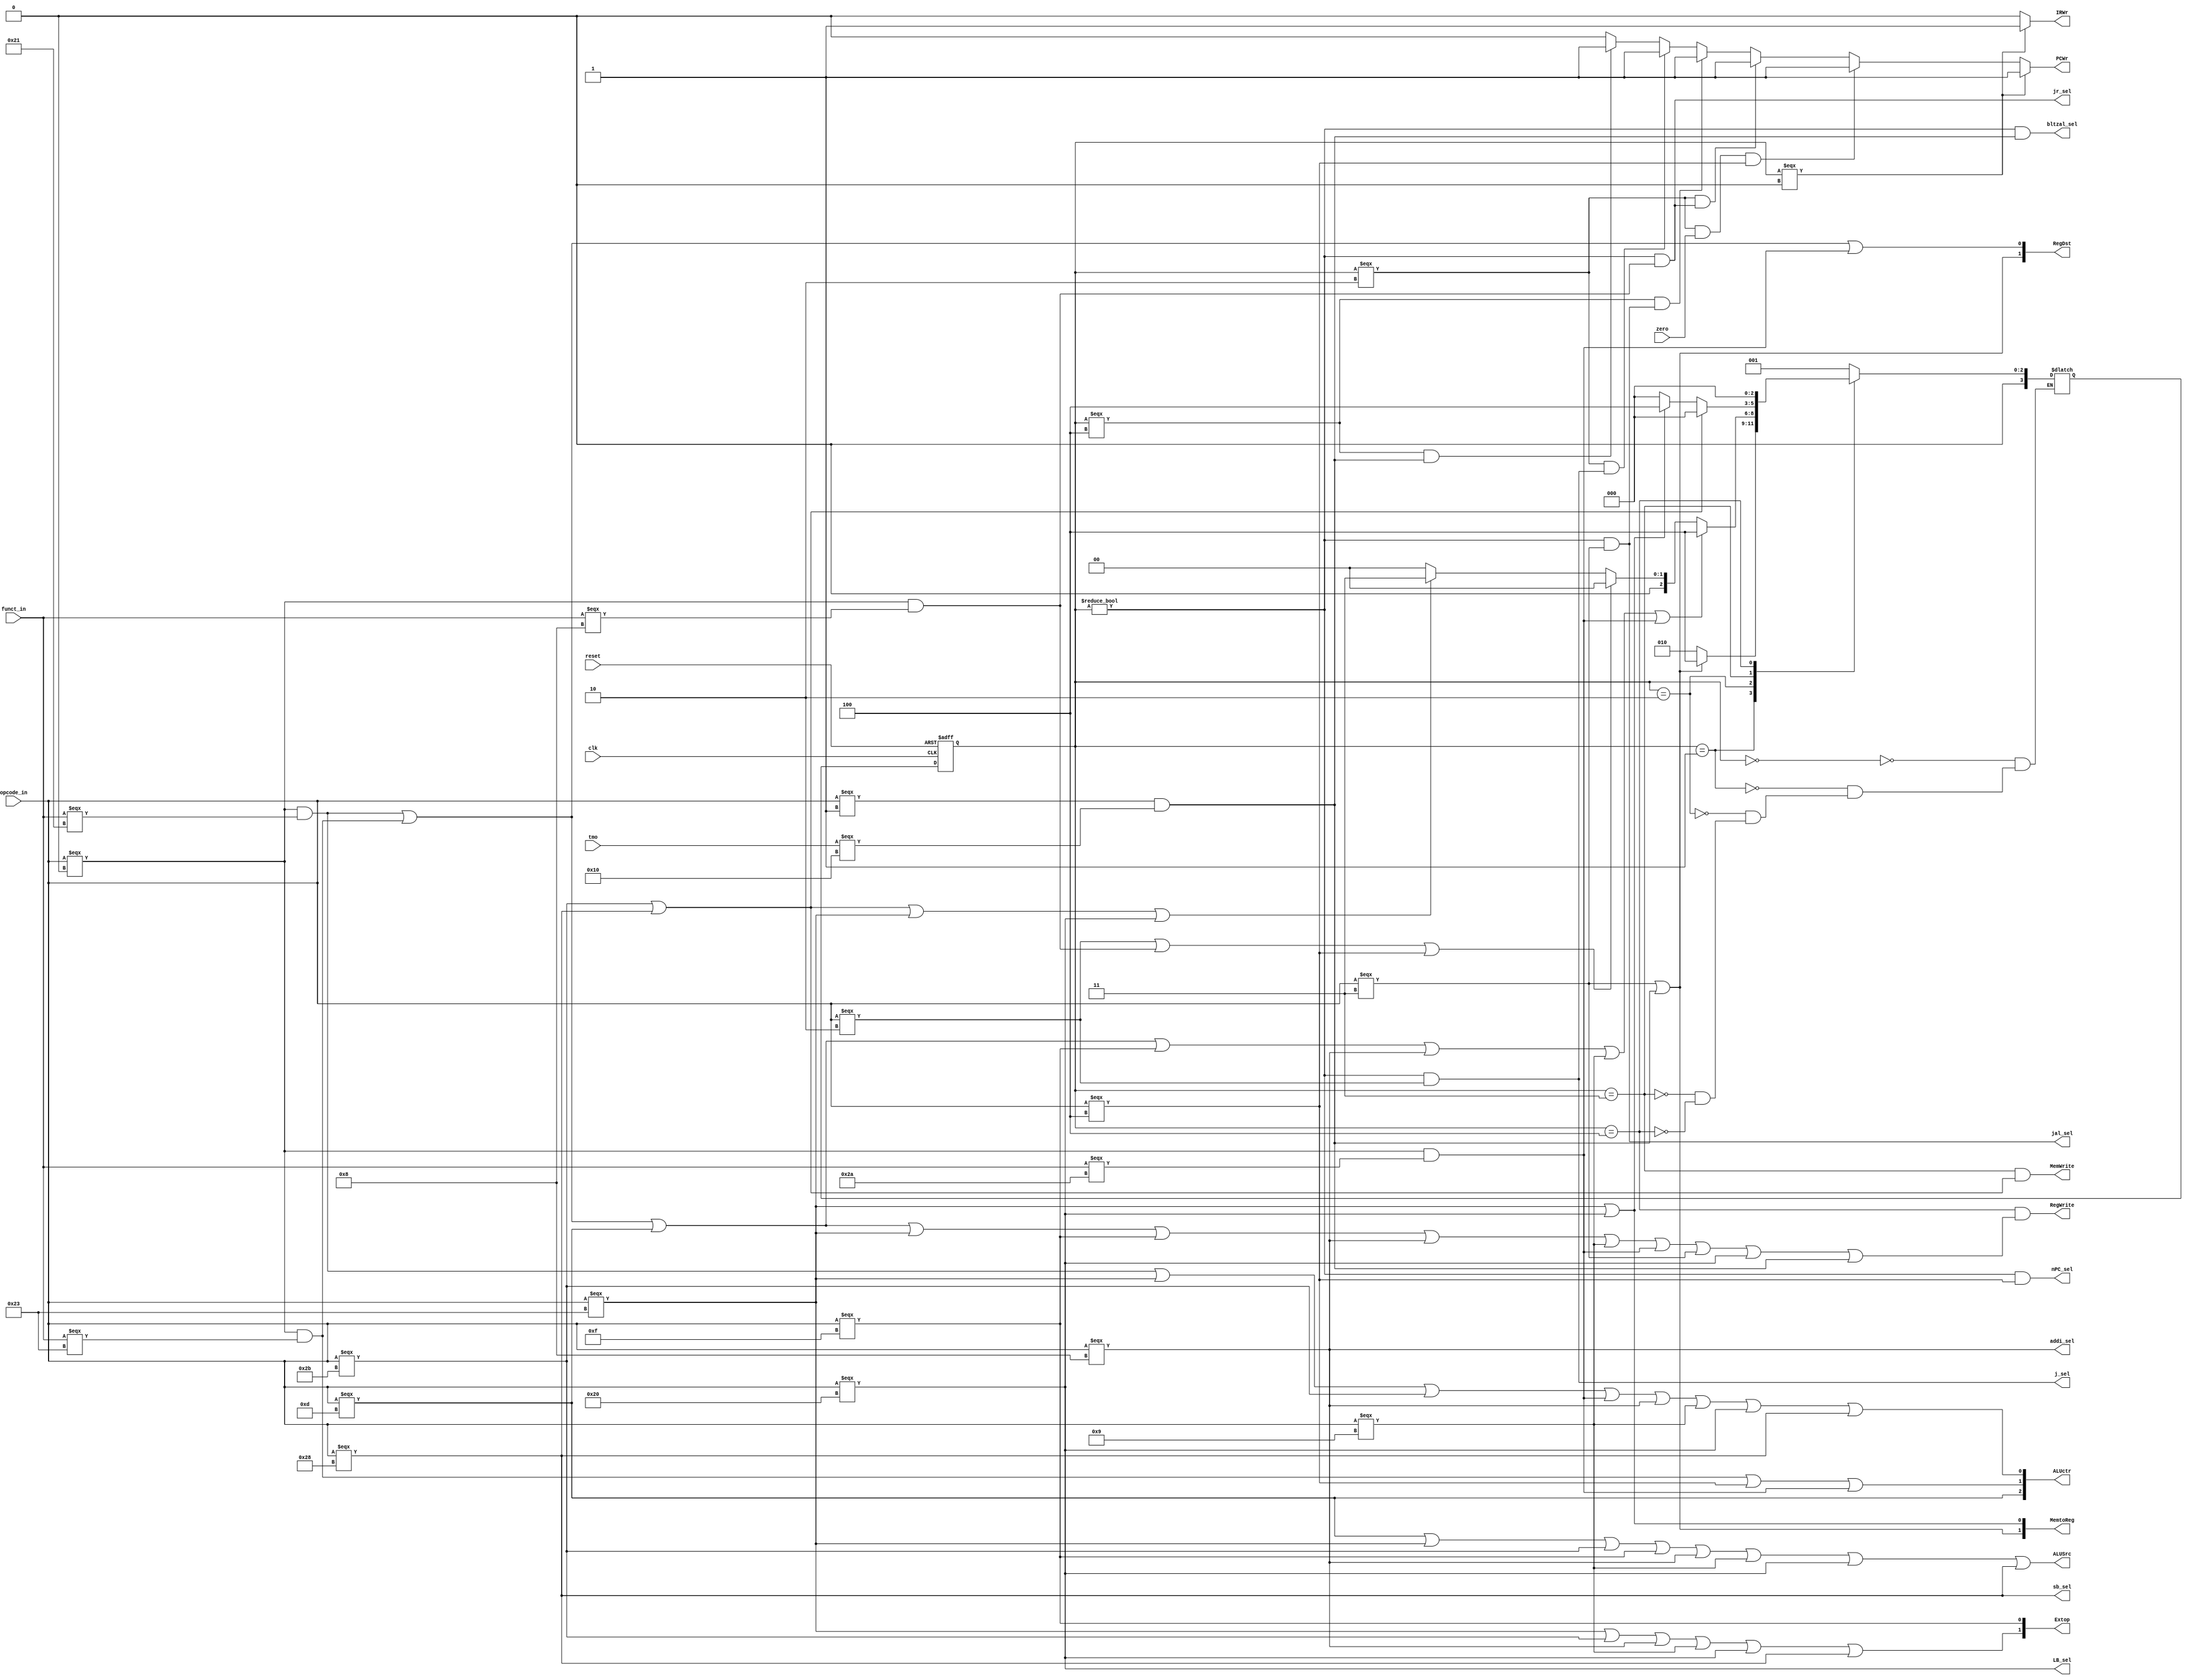
module Controller_module(clk, reset, zero, opcode_in, funct_in, RegDst, ALUSrc, MemtoReg, RegWrite, MemWrite, 
                         nPC_sel, Extop, j_sel, ALUctr, jr_sel, jal_sel, addi_sel, PCWr, IRWr, LB_sel, sb_sel, tmo, bltzal_sel);
    input clk, reset, zero;
    input [5:0]opcode_in;
    input [5:0]funct_in;
    input [4:0]tmo;
    parameter S0 = 0, S1 = 1, S2 = 2, S3 = 3, S4 = 4;
    reg [3:0]current_state, next_state;
    output ALUSrc, RegWrite, MemWrite, nPC_sel, j_sel, jr_sel, jal_sel, addi_sel, PCWr, IRWr, LB_sel, sb_sel, bltzal_sel;
    output [1:0]RegDst, MemtoReg, Extop;
    output [2:0]ALUctr;
  
    wire [5:0]addu_opcode = 6'b000000, addu_funct = 6'b100001;
    wire [5:0]subu_opcode = 6'b000000, subu_funct = 6'b100011;
    wire [5:0]ori_opcode = 6'b001101;
    wire [5:0]lw_opcode = 6'b100011;
    wire [5:0]sw_opcode = 6'b101011;
    wire [5:0]beq_opcode = 6'b000100;
    wire [5:0]lui_opcode = 6'b001111;
    wire [5:0]j_opcode = 6'b000010;

    wire [5:0]addi_opcode = 6'b001000;   // addi
    wire [5:0]addiu_opcode = 6'b001001;  // addiu
    wire [5:0]slt_opcode = 6'b000000;    // slt
    wire [5:0]slt_funct = 6'b101010;
    wire [5:0]jal_opcode = 6'b000011;    // jal
    wire [5:0]jr_opcode = 6'b000000;     // jr
    wire [5:0]jr_funct = 6'b001000;
    wire [5:0]LB_opcode = 6'b100000;
    wire [5:0]SB_opcode = 6'b101000;
    wire [5:0]bltzal_opcode = 6'b000001;
    wire [4:0]bltzal_tmp = 6'b10000;

    wire addu = (opcode_in === addu_opcode && funct_in === addu_funct);
    wire subu = (opcode_in === subu_opcode && funct_in === subu_funct);
    wire ori = opcode_in === ori_opcode;
    wire lw = opcode_in === lw_opcode;
    wire sw = opcode_in === sw_opcode;
    wire beq = opcode_in === beq_opcode;
    wire lui = opcode_in === lui_opcode;
    wire j = opcode_in === j_opcode;
    wire addi = opcode_in === addi_opcode;
    wire addiu = opcode_in === addiu_opcode;
    wire slt = (opcode_in === slt_opcode && funct_in === slt_funct);
    wire jal = opcode_in === jal_opcode;
    wire jr = (opcode_in === jr_opcode && funct_in === jr_funct);
    wire bltzal = (opcode_in === bltzal_opcode && tmo === bltzal_tmp);
    wire lb = opcode_in === LB_opcode;
    wire sb = opcode_in === SB_opcode;
  
    assign RegDst[0] = addu || subu || slt;  
    assign RegDst[1] = jal || bltzal;
    assign ALUSrc = ori || lw || sw || lui || addi || addiu || lb || sb;
    assign MemtoReg[0] = lw || lb;
    assign MemtoReg[1] = jal || bltzal;   
    assign RegWrite = (current_state == S4 && (addu || subu || ori || lw || lui || addi || addiu || slt || jal || lb || bltzal));  
    assign MemWrite = (current_state == S3 && (sw || sb));
    assign nPC_sel = (current_state != S0 && beq);
    assign j_sel = (current_state != S0 && j);
    assign Extop[0] = lui;
    assign Extop[1] = lw || sw || addi || addiu || lb || sb;
    assign ALUctr[0] = addu || lw || sw || slt || addi || addiu || lb || sb;
    assign ALUctr[1] = subu || beq || slt;
    assign ALUctr[2] = ori;
    assign jr_sel = (current_state != S0 && jr);
    assign jal_sel = (current_state != S0 && jal);
    assign addi_sel = addi;
    assign LB_sel = lb;
    assign sb_sel = sb;
    assign bltzal_sel = (current_state != S0 && bltzal);
    assign PCWr = current_state === S0 ? 1 : (current_state === S2 && zero == 1 && beq) ? 1 : 
           (current_state === S2 && jr_sel) ? 1 : (current_state === S4 && jal_sel) ? 1 :
            (current_state === S2 && j_sel) ? 1 : (current_state === S4 && bltzal) ? 1 : 0;  //
    assign IRWr = current_state === S0 ? 1 : 0;
        
    always @ (posedge clk or posedge reset)
        if(reset) current_state <= S0;
        else current_state <= next_state;   
    
    always @ (*)
        case(current_state)
        S0: next_state = S1;
        S1: 
        begin 
        if(jal || bltzal) 
            next_state = S4;  
        else next_state = S2; 
        end 
        S2: if(addu||subu||ori||lui||addi||addiu||slt)
                next_state = S4;
            else if(j||jr||beq) next_state = S0;           // 
            else if(sw||sb||lw||lb) next_state = S3;
            else next_state = S0;
        S3: if(sw||sb) next_state = S0;
            else if(lw||lb) next_state = S4;
            else next_state = S0; 
        S4: next_state = S0;
        endcase

endmodule